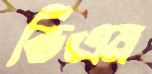
ভিএম